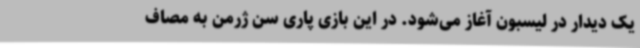
یک دیدار در لیسبون آغاز می‌شود. در این بازی پاری سن ژرمن به مصاف